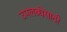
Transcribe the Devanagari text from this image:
उपलब्धेसाठी